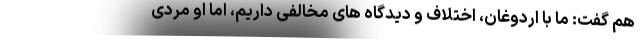
هم گفت: ما با اردوغان، اختلاف و دیدگاه های مخالفی داریم، اما او مردی